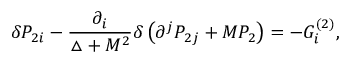
\delta { \cal P } _ { 2 i } - \frac { \partial _ { i } } { \triangle + M ^ { 2 } } \delta \left( \partial ^ { j } { \cal P } _ { 2 j } + M P _ { 2 } \right) = - G _ { i } ^ { ( 2 ) } ,